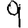
Digit: 9